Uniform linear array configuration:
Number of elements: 48
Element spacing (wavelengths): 0.5
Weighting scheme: exponential
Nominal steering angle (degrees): -60
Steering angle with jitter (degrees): -61.191
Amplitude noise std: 0.05
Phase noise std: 0.05

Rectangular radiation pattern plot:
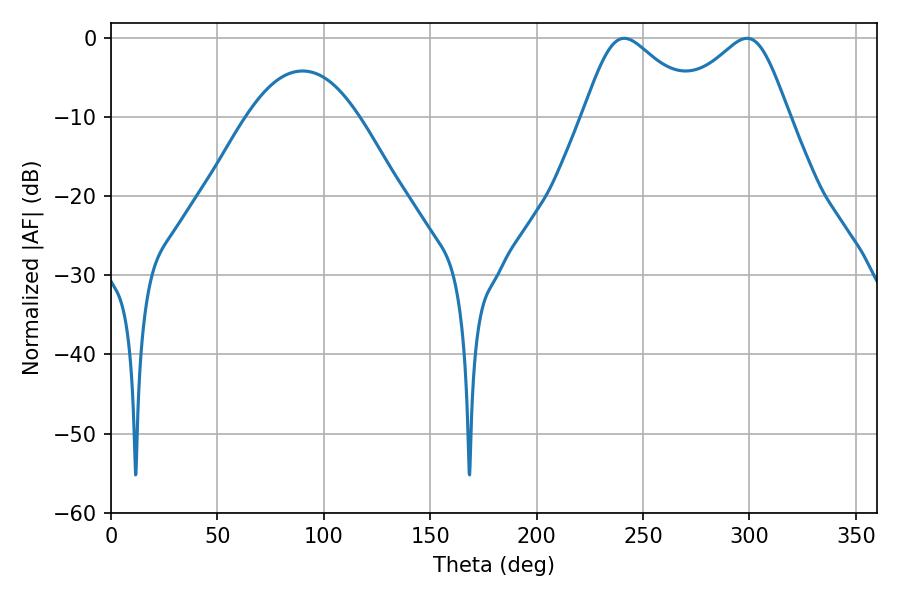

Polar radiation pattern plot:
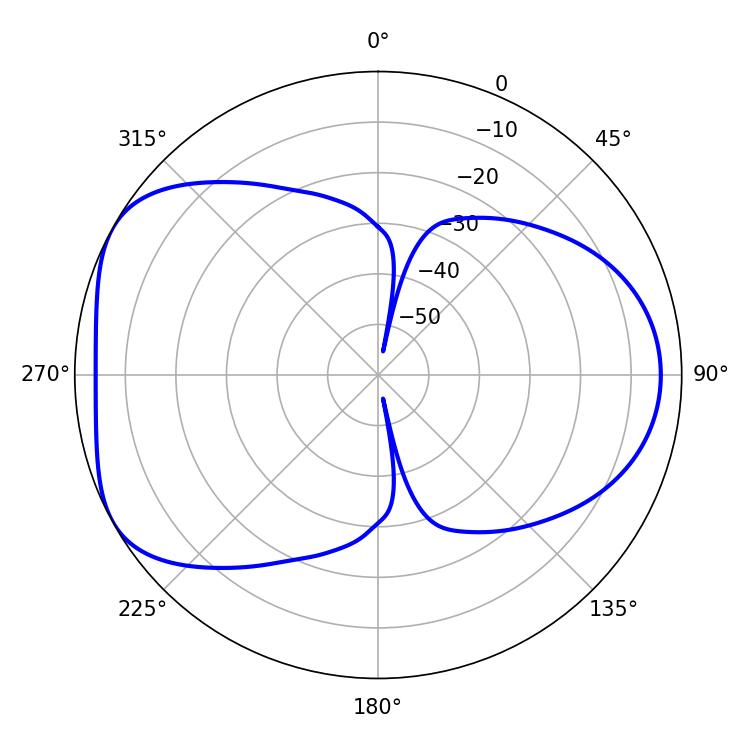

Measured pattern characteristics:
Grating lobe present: FALSE
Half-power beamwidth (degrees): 27.18
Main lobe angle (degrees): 241.2